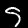
Digit: 5